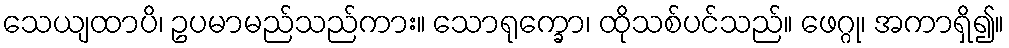
သေယျထာပိ၊ ဥပမာမည်သည်ကား။ သောရုက္ခော၊ ထိုသစ်ပင်သည်။ ဖေဂ္ဂု၊ အကာရှိ၍။